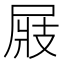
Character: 𡲆